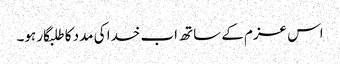
اس عزم کے ساتھ اب خدا کی مدد کا طلبگار ہو۔